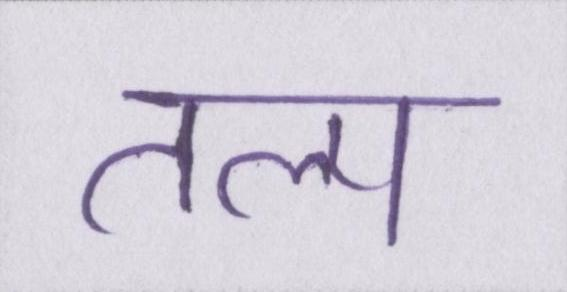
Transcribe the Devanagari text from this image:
तल्प